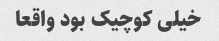
خیلی کوچیک بود واقعا